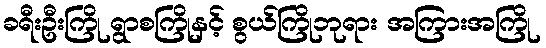
ခရီးဦးကြို ရွာစကြိုနှင့် စွယ်ကြိုဘုရား အကြားအကြို